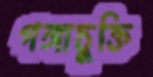
গঙ্গাচুক্তি